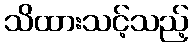
သိထားသင့်သည့်